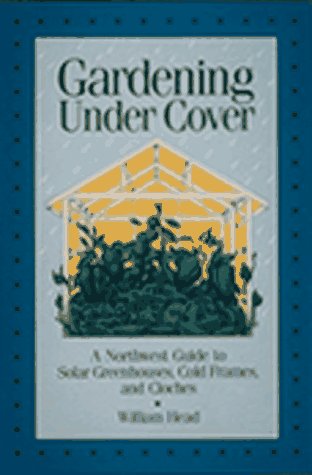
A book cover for Gardening Under Cover: A Northwest Guide to Solar Greenhouses, Cold Frames, and Cloches; William Head; Crafts, Hobbies & Home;